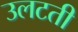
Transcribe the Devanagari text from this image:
उलटती